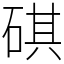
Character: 䃆